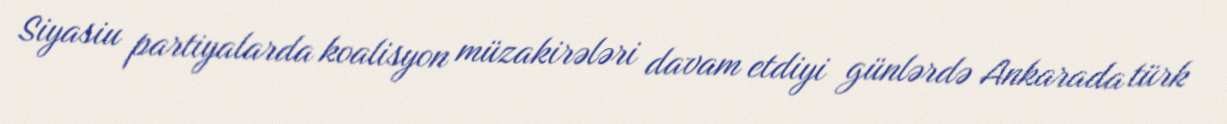
Siyasiu partiyalarda koalisyon müzakirələri davam etdiyi günlərdə Ankarada türk